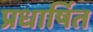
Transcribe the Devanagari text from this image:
प्रधार्षित